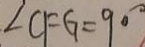
\angle C F G = 9 0 ^ { \circ }